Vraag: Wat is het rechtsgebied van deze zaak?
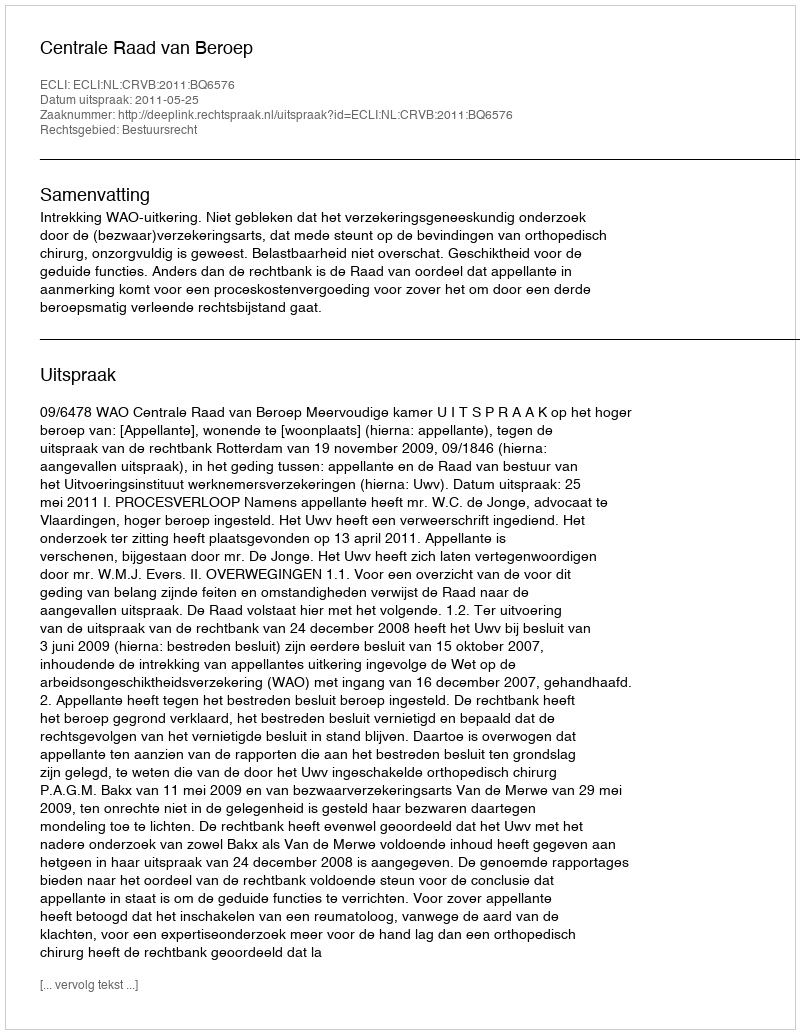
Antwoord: Bestuursrecht